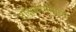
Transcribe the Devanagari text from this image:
नक्षिकामामध्ये